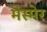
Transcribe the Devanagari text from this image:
मेस्मेर